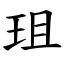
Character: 珇